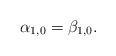
LaTeX: \begin{align*}\alpha_{1,0}=\beta_{1,0}.\end{align*}